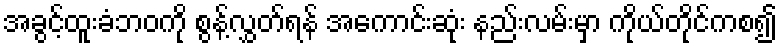
အခွင့်ထူးခံဘဝကို စွန့်လွှတ်ရန် အကောင်းဆုံး နည်းလမ်းမှာ ကိုယ်တိုင်ကစ၍